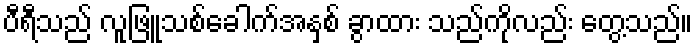
ပီရီသည် လူဖြူသစ်ခေါက်အနှစ် ခွာထား သည်ကိုလည်း တွေ့သည်။